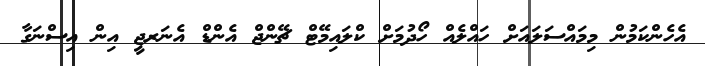
އެހެންކަމުން މިމައްސަލައަށް ހައްލެއް ހޯދުމަށް ކްލައިމޭޓް ޗޭންޖް އެންޑް އެނަރޖީ އިން އިސްނަގާ